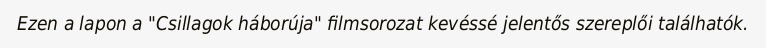
Ezen a lapon a "Csillagok háborúja" filmsorozat kevéssé jelentős szereplői találhatók.